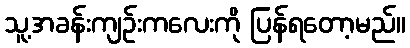
သူ့အခန်းကျဉ်းကလေးကို ပြန်ရတော့မည်။